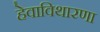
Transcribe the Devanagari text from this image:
हेवाविथारणा